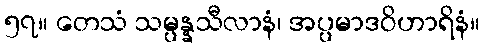
၅၇။ တေသံ သမ္ပန္နသီလာနံ၊ အပ္ပမာဒဝိဟာရိနံ။